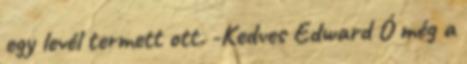
egy levél termett ott. -Kedves Edward Ó még a